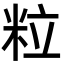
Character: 粒